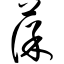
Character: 葆